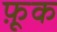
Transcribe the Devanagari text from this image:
फ़ूक